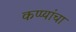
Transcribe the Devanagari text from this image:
कप्प्यांचा